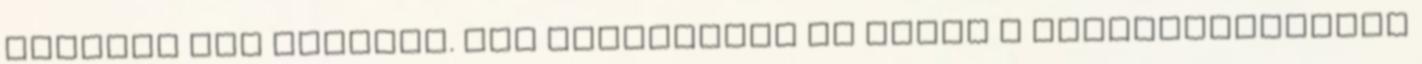
viszont nem érdemes. Nem hemzsegtek az utcán A zselégyertyából